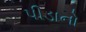
પીડાનો